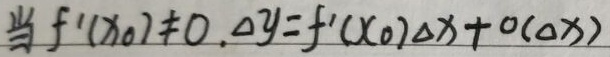
当 \(f'(x_0)\neq0\) 时，
\[\Delta y = f'(x_0)\Delta x + o(\Delta x)\]